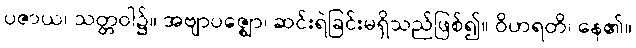
ပဇာယ၊ သတ္တဝါ၌။ အဗျာပဇ္ဈော၊ ဆင်းရဲခြင်းမရှိသည်ဖြစ်၍။ ဝိဟရတိ၊ နေ၏။